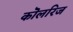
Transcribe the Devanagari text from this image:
कॊलरिज